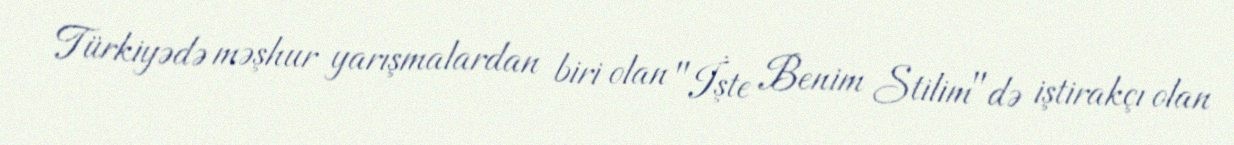
Türkiyədə məşhur yarışmalardan biri olan "İşte Benim Stilim"də iştirakçı olan